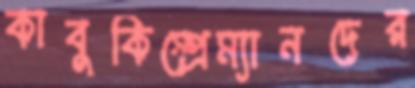
কাবুকিস্প্রেম্যানদের